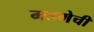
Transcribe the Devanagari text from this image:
मडमेची